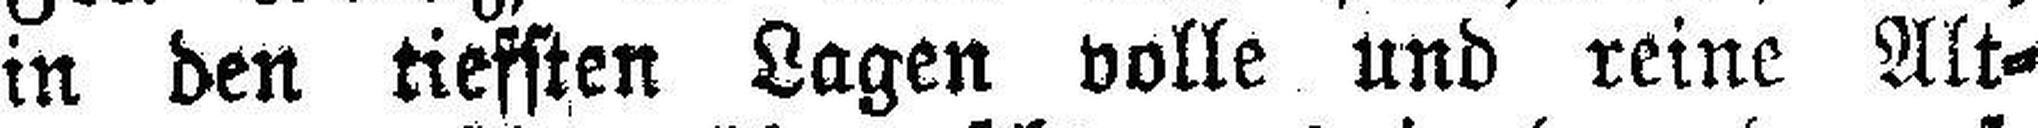
in den tiefsten Lagen volle und reine Alt¬